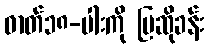
ဓာတ်၁၈-ပါးကို ပြဆိုခန်း